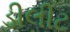
ડીલીટ